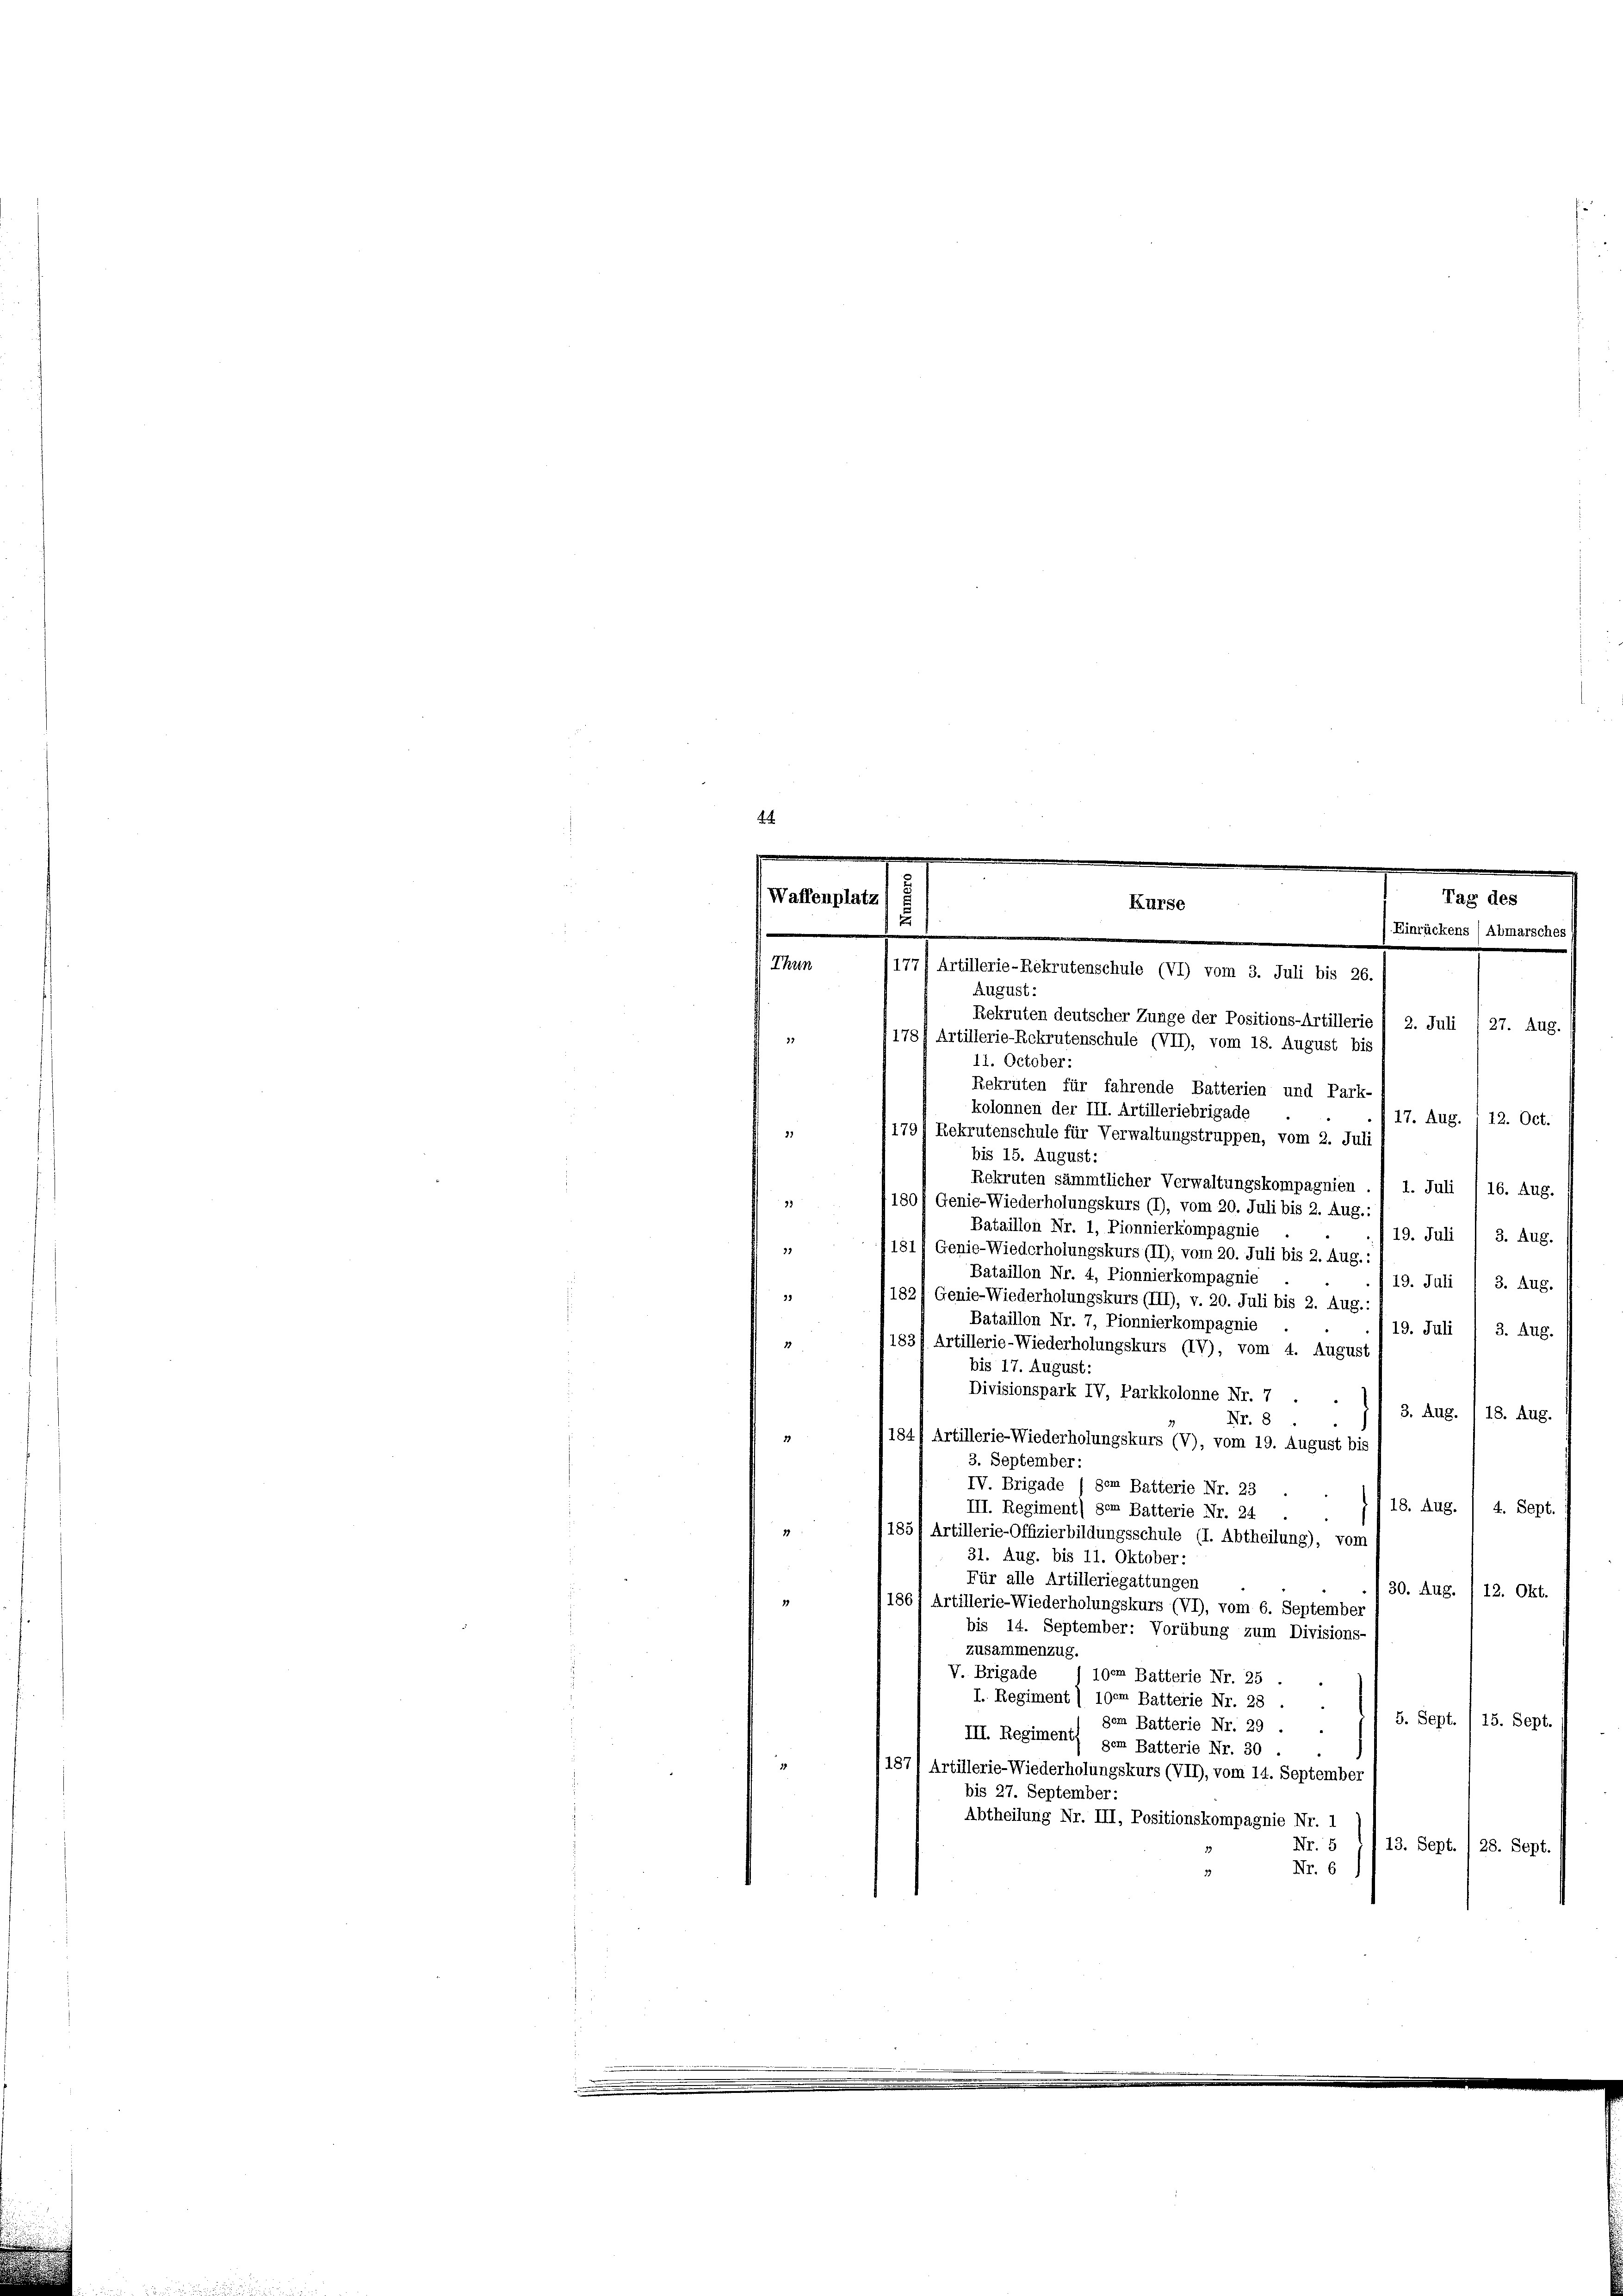
Waffenplatz

Thun

u

August:
Rekruten deutscher Zunge der Positions-Artillerie 1 2. Juli / 27. Aug.
178f Artillerie-Rekrutenschule (VII), vom 18. August bis
11. October:
Rekrüten für fahrende Batterien und Park-
kolonnen der III. Artilleriebrigade
17. Aug. 12. Oct.
21
179/ Rekrutenschule für Verwaltungstruppen, vom 2. Juli
bis 15. August:
Rekruten sämmtlicher Verwaltungskompagnien . ) 1. Juli 16. Aug.
8
1804 Genie-Wiederholungskurs (I), vom 20. Juli bis 2. Aug.
Bataillon Nr. 1, Pionnierkompagnie
19. Juli / 3. Aug.
181) Genie-Wiederholungskurs (II), vom 20. Juli bis 2. Aug.:
Bataillon Nr. 4, Pionnierkompagnie
19. Juli 1 3. Aug.
182) Genie-Wiederholungskurs (III), v. 20. Juli bis 2. Aug.:
Bataillon Nr. 7, Pionnierkompagnie
19. Juli 1 3. Aug.
1831 Artillerie-Wiederholungskurs (IV), vom 4. August
bis 17. August:
Divisionspark IV, Parkkolonne Nr. 7 .
3. Aug. / 18. Aug.
Nr. 8
184) Artillerie-Wiederholungskurs (V), vom 19. August bis
3. September:
IV. Brigade (dem Batterie Nr. 23
18. Aug. / 4. Sept
III. Regiment) dem Batterie Nr. 24
185/ Artillerie-Offizierbildungsschule (I. Abtheilung), vom
31. Aug. bis 11. Oktober:
Für alle Artilleriegattungen
30. Aug.
12. Okt.
1861 Artillerie-Wiederholungskurs (VI), vom 6. September
bis 14. September: Vorübung zum Divisions-
zusammenzug
V. Brigade
100m Batterie Nr. 25 .
I. Regiment) 100m Batterie Nr. 28
5. Sept. 15. Sept.
gem Batterie Nr. 29
III. Regiment gan Batterie Nr. 30
187) Artillerie-Wiederholungskurs (VII), vom 14. September
bis 27. September:
Abtheilung Nr. III, Positionskompagnie Nr. 1
Nr. 5
13. Sept. / 28. Sept.
Nr. 6

Kurse
177) Artillerie-Rekrutenschule (VI) vom 3. Juli bis 26.

Tag des
Einrückens (Abmarsches